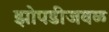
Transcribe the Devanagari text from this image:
झोपडीजवळ